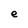
Character: e